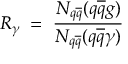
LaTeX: R _ { \gamma } \; = \; \frac { N _ { q \overline { { { q } } } } ( q \overline { { { q } } } g ) } { N _ { q \overline { { { q } } } } ( q \overline { { { q } } } \gamma ) }